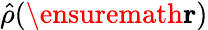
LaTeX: \hat{\rho}(\ensuremath{\mathbf{r}})